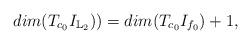
LaTeX: \begin{align*} dim( T_{c_0}I_{\mathbb L_2}))=dim( T_{c_0}I_{f_0})+1, \end{align*}